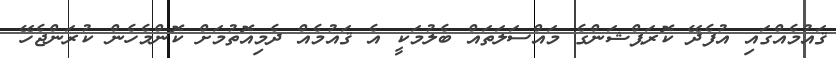
ޤައުމެއްގައި އުފެދޭ ކޮރަޕްޝަންގެ މައްސަލަތައް ބެލުމަކީ އެ ޤައުމެއް ދެމިއޮތުމަށް ކޮންމެހެން ކުރަންޖެހޭ